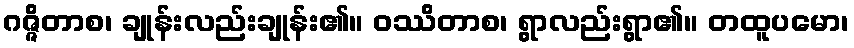
ဂဇ္ဇိတာစ၊ ချုန်းလည်းချုန်း၏။ ဝဿိတာစ၊ ရွာလည်းရွာ၏။ တထူပမော၊